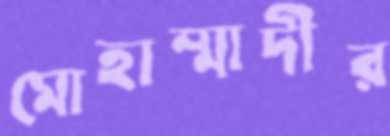
মোহাম্মাদীর